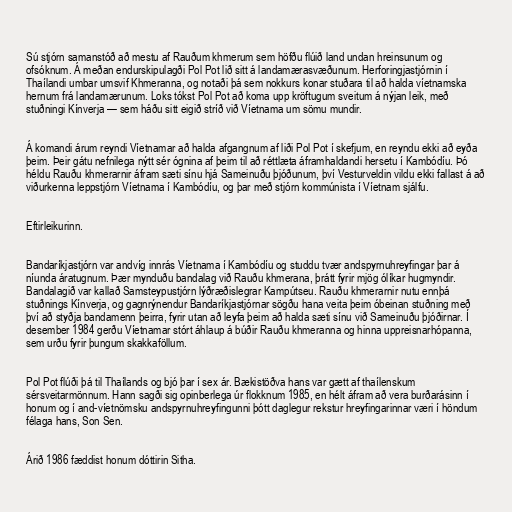
Sú stjórn samanstóð að mestu af Rauðum khmerum sem höfðu flúið land undan hreinsunum og
ofsóknum. Á meðan endurskipulagði Pol Pot lið sitt á landamærasvæðunum. Herforingjastjórnin í
Thaílandi umbar umsvif Khmeranna, og notaði þá sem nokkurs konar stuðara til að halda víetnamska
hernum frá landamærunum. Loks tókst Pol Pot að koma upp kröftugum sveitum á nýjan leik, með
stuðningi Kínverja — sem háðu sitt eigið stríð við Víetnama um sömu mundir.

Á komandi árum reyndi Víetnamar að halda afgangnum af liði Pol Pot í skefjum, en reyndu ekki að eyða
þeim. Þeir gátu nefnilega nýtt sér ógnina af þeim til að réttlæta áframhaldandi hersetu í Kambódíu. Þó
héldu Rauðu khmerarnir áfram sæti sínu hjá Sameinuðu þjóðunum, því Vesturveldin vildu ekki fallast á að
viðurkenna leppstjórn Víetnama í Kambódíu, og þar með stjórn kommúnista í Víetnam sjálfu.

Eftirleikurinn.

Bandaríkjastjórn var andvíg innrás Víetnama í Kambódíu og studdu tvær andspyrnuhreyfingar þar á
níunda áratugnum. Þær mynduðu bandalag við Rauðu khmerana, þrátt fyrir mjög ólíkar hugmyndir.
Bandalagið var kallað Samsteypustjórn lýðræðislegrar Kampútseu. Rauðu khmerarnir nutu ennþá
stuðnings Kínverja, og gagnrýnendur Bandaríkjastjórnar sögðu hana veita þeim óbeinan stuðning með
því að styðja bandamenn þeirra, fyrir utan að leyfa þeim að halda sæti sínu við Sameinuðu þjóðirnar. Í
desember 1984 gerðu Víetnamar stórt áhlaup á búðir Rauðu khmeranna og hinna uppreisnarhópanna,
sem urðu fyrir þungum skakkaföllum.

Pol Pot flúði þá til Thaílands og bjó þar í sex ár. Bækistöðva hans var gætt af thaílenskum
sérsveitarmönnum. Hann sagði sig opinberlega úr flokknum 1985, en hélt áfram að vera burðarásinn í
honum og í and-víetnömsku andspyrnuhreyfingunni þótt daglegur rekstur hreyfingarinnar væri í höndum
félaga hans, Son Sen.

Árið 1986 fæddist honum dóttirin Sitha.